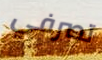
تصرفي